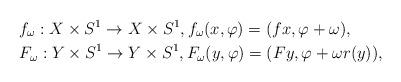
LaTeX: \begin{align*}& f_\omega:X\times S^1\to X\times S^1, f_\omega(x,\varphi)=(fx,\varphi+\omega), \\& F_\omega:Y\times S^1\to Y\times S^1, F_\omega(y,\varphi)=(Fy,\varphi+\omega r(y)),\end{align*}